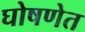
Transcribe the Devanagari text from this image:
घोषणेत